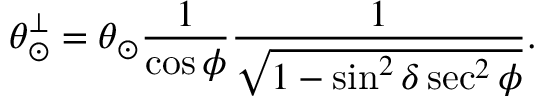
\theta _ { \odot } ^ { \perp } = \theta _ { \odot } \frac { 1 } { \cos \phi } \frac { 1 } { \sqrt { 1 - \sin ^ { 2 } \delta \sec ^ { 2 } \phi } } .